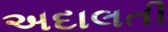
અદાલતી